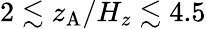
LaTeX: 2\lesssim z_{\mathrm{A}}/H_{z}\lesssim 4.5